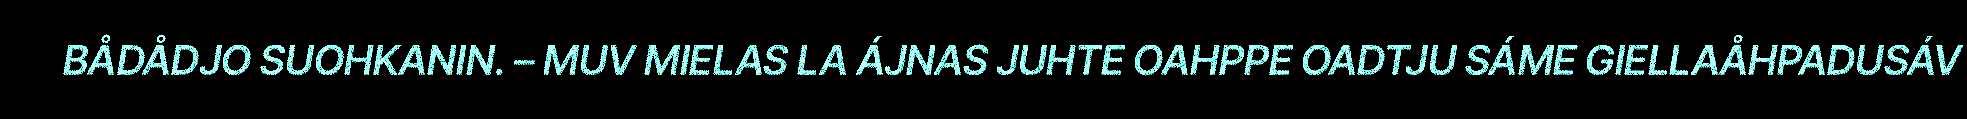
BÅDÅDJO SUOHKANIN. – MUV MIELAS LA ÁJNAS JUHTE OAHPPE OADTJU SÁME GIELLAÅHPADUSÁV